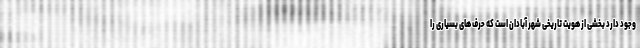
وجود دارد بخشی از هویت تاریخی شهر آبادان است که حرف های بسیاری را